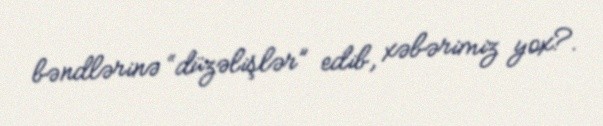
bəndlərinə “düzəlişlər” edib, xəbərimiz yox?.